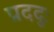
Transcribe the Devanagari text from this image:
प्रददुः